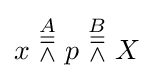
x\ {\overset {A}{\doublebarwedge }}\ p\ {\overset {B}{\doublebarwedge }}\ X